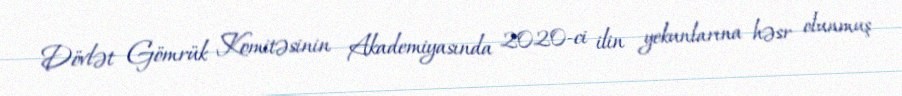
Dövlət Gömrük Komitəsinin Akademiyasında 2020-ci ilin yekunlarına həsr olunmuş